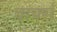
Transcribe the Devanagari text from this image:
बार्क्स